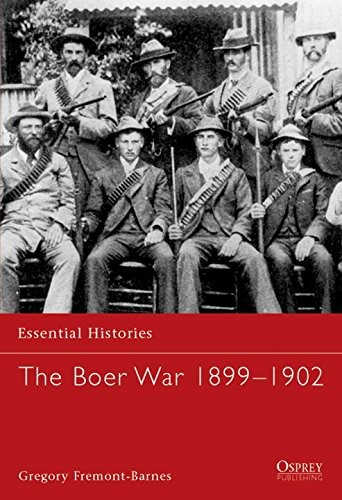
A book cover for The Boer War 1899-1902 (Essential Histories); Gregory Fremont-Barnes; History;